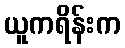
ယူကရိန်းက